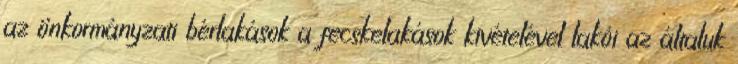
az önkormányzati bérlakások a fecskelakások kivételével lakói az általuk